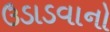
ઉડાડવાનો